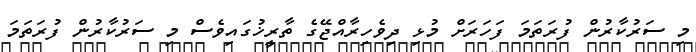
މި ސަރުކާރުން ފުރަތަމަ ފަހަރަށް މުޅި ދިވެހިރާއްޖޭގެ ތާރީޚުގައިވެސް މި ސަރުކާރުން ފުރަތަމަ